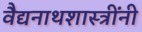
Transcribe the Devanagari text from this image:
वैद्यनाथशास्त्रींनी